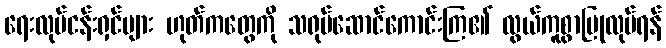
ရေးလုပ်ငန်းရှင်များ ဟုတ်ကတွေကို သရုပ်ဆောင်ကောင်းကြ၏ လွယ်ကူစွာပြုလုပ်ရန်